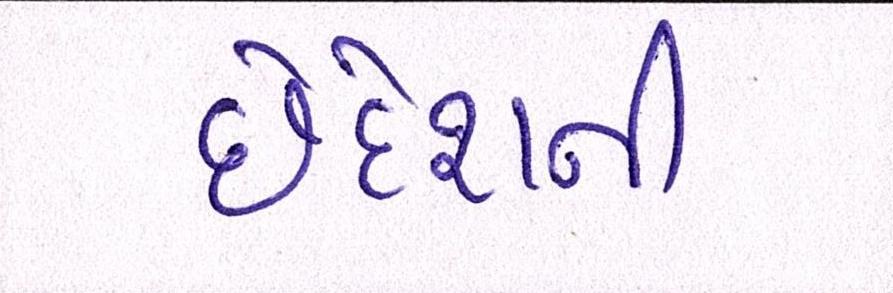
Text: છેદેશની